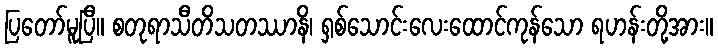
ပြတော်မူပြီ။ စတုရာသီတိသတဿာနိ၊ ရှစ်သောင်းလေးထောင်ကုန်သော ရဟန်းတို့အား။